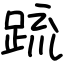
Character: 䟽